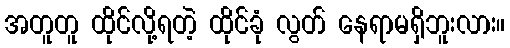
အတူတူ ထိုင်လို့ရတဲ့ ထိုင်ခုံ လွတ် နေရာမရှိဘူးလား။